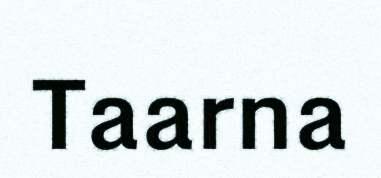
Taarna